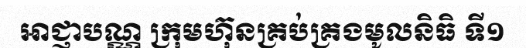
អាជ្ញាបណ្ណ ក្រុមហ៊ុនគ្រប់គ្រងមូលនិធិ ទី១